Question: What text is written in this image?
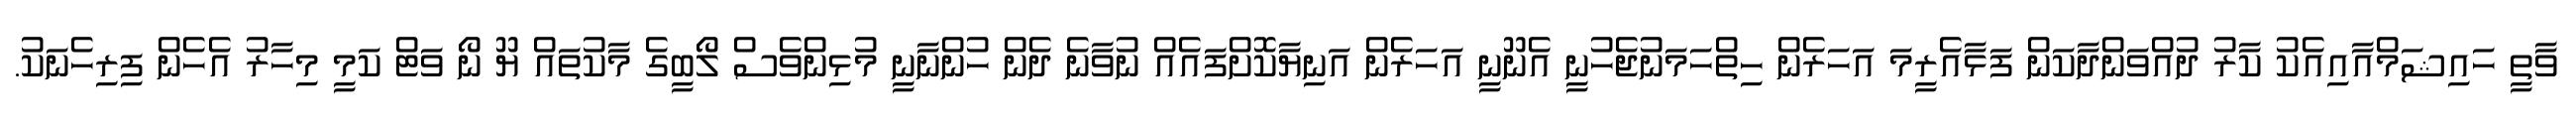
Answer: ވާތީ ހައިޝަމްއާއިއެކު ކާރު ދުއްވަންދާކަން ފަޅާއެރީމަ އަހަރެން ހިތްހަމަނުޖެހުނީ އެނޫނީ އަހަރެން އަނިޔާކޮށްފައެއް ނުވާނެ ދެން ހުންނާނީ މުޅިންވެސް ލޯބީގެ މާކުތައް ޔޫ ނޯ ވަޓް ކަމީ މިހާރު އެހެން ފިރިހެނަކު.